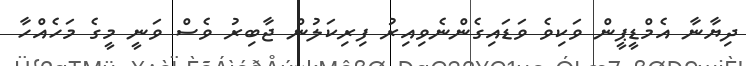
ދިޔާނާ އެމްޑީޕީން ވަކިވެ ވަޑައިގެންނެވިއިރު ފިރިކަލުން ޖާބިރު ވެސް ވަނީ މީގެ މަހެއްހާ